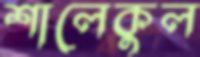
শালেকুল